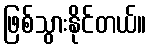
ဖြစ်သွားနိုင်တယ်။